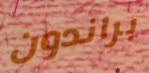
براندون